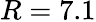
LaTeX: R=7.1